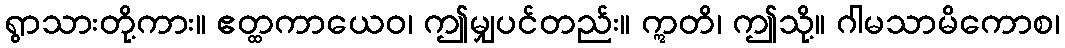
ရွာသားတို့ကား။ ဧတ္ထကာယေဝ၊ ဤမျှပင်တည်း။ ဣတိ၊ ဤသို့။ ဂါမသာမိကောစ၊